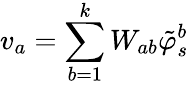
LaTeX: v_{a}=\sum_{b=1}^{k}W_{ab}\tilde{\varphi}_{s}^{b}